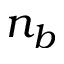
n _ { b }